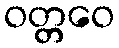
ဝတ္တဝေ